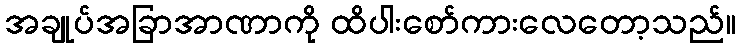
အချုပ်အခြာအာဏာကို ထိပါးစော်ကားလေတော့သည်။